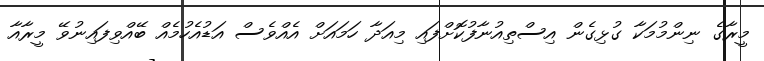
މީރާގެ ނިންމުމަކާ ގުޅިގެން އިސްތިއުނާފުކޮށްފައި މިއަދާ ހަމައަށް އެއްވެސް އަޑުއެހުމެއް ބޭއްވިފައިނުވޭ މީރާއާ